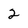
Character: 2